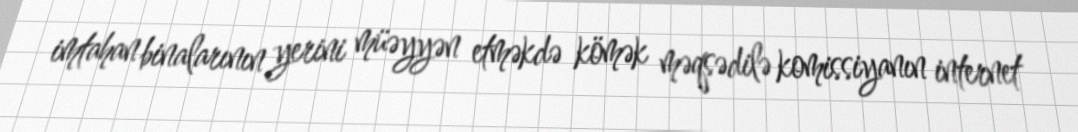
imtahan binalarının yerini müəyyən etməkdə kömək məqsədilə komissiyanın internet